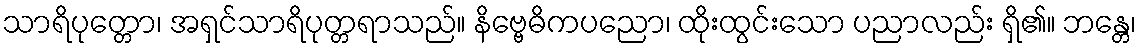
သာရိပုတ္တော၊ အရှင်သာရိပုတ္တရာသည်။ နိဗ္ဗေဓိကပညော၊ ထိုးထွင်းသော ပညာလည်း ရှိ၏။ ဘန္တေ၊